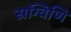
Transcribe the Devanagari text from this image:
स्रग्विणि